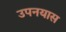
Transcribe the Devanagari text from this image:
उपनयास